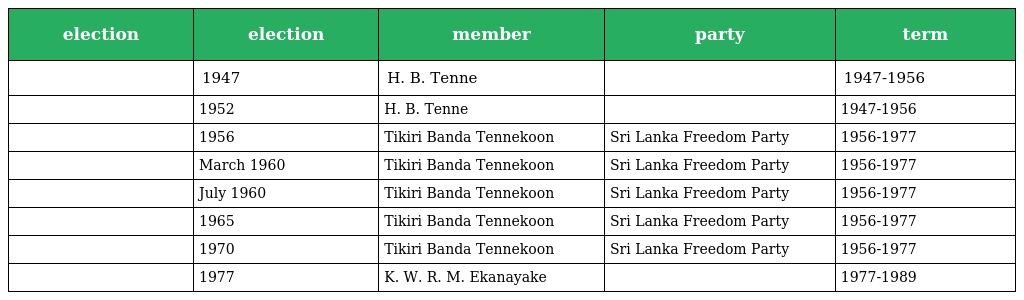
| election | election | member | party | term |
 | --- | --- | --- | --- | --- |
 |  | 1947 | H. B. Tenne |  | 1947-1956 |
 |  | 1952 | H. B. Tenne |  | 1947-1956 |
 |  | 1956 | Tikiri Banda Tennekoon | Sri Lanka Freedom Party | 1956-1977 |
 |  | March 1960 | Tikiri Banda Tennekoon | Sri Lanka Freedom Party | 1956-1977 |
 |  | July 1960 | Tikiri Banda Tennekoon | Sri Lanka Freedom Party | 1956-1977 |
 |  | 1965 | Tikiri Banda Tennekoon | Sri Lanka Freedom Party | 1956-1977 |
 |  | 1970 | Tikiri Banda Tennekoon | Sri Lanka Freedom Party | 1956-1977 |
 |  | 1977 | K. W. R. M. Ekanayake |  | 1977-1989 |